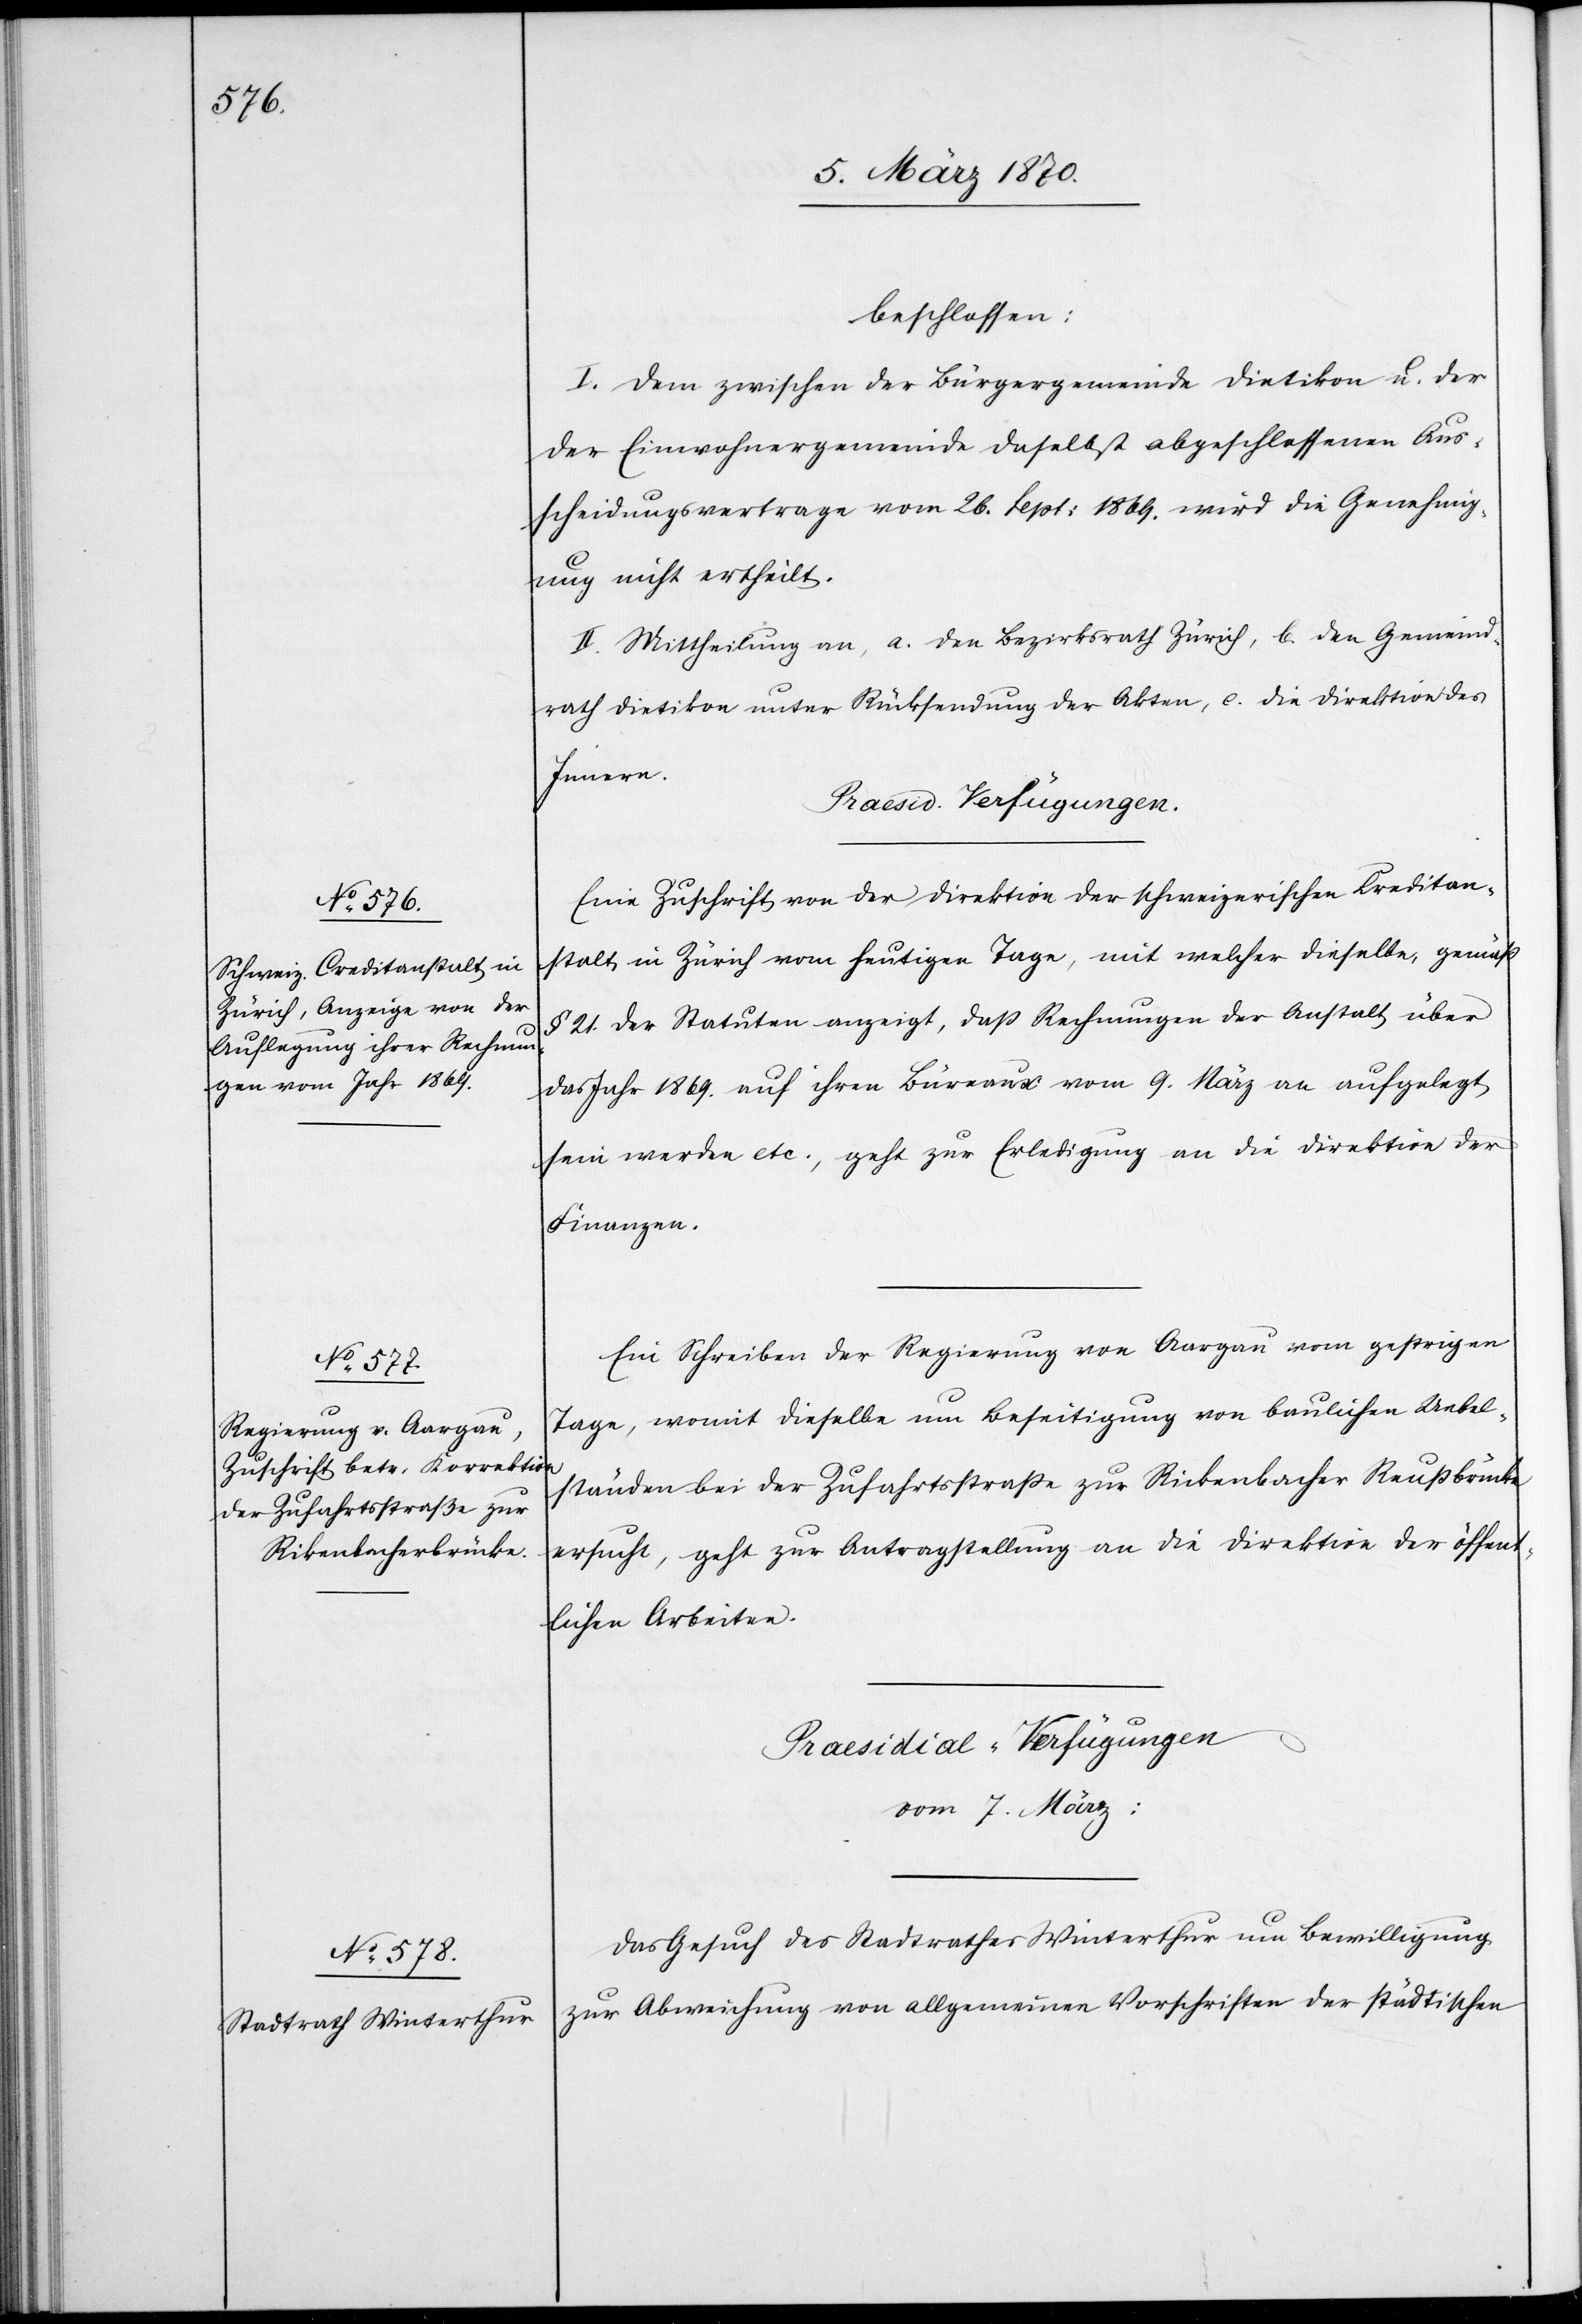
beschlossen:
I. Dem zwischen der Bürgergemeinde Dietikon u. der
Einwohnergemeinde daselbst abgeschlossenen Aus¬
scheidungsvertrage vom 26. Sept: 1869. wird die Genehmig¬
ung nicht ertheilt.
II. Mittheilung an, a. den Bezirksrath Zürich, b. den Gemeind¬
rath Dietikon unter Rücksendung der Akten, c. die Direktion des
Innern.
[Praesid. Verfügungen.]
Eine Zuschrift von der Direktion der schweizerischen Kreditan¬
stalt in Zürich vom heutigen Tage, mit welcher dieselbe, gemäß
§ 21. der Statuten anzeigt, daß Rechnungen der Anstalt über
das Jahr 1869. auf ihren Bureaux vom 9. März an aufgelegt
sein werden etc., geht zur Erledigung an die Direktion der
Finanzen.
Ein Schreiben der Regierung von Aargau vom gestrigen
Tage, womit dieselbe um Beseitigung von baulichen Uebel¬
ständen bei der Zufahrtsstraße zur Rickenbacher [sic!] Reußbrücke
ersucht, geht zur Antragstellung an die Direktion der öffent¬
lichen Arbeiten.
Praesidial-Verfügungen
vom 7. März:
Das Gesuch des Stadtrathes Winterthur um Bewilligung
zur Abweichung von allgemeinen Vorschriften der städtischen